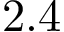
2 . 4